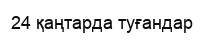
24 қаңтарда туғандар